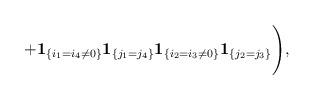
LaTeX: \begin{align*}+\Biggl.{\bf 1}_{\{i_1=i_4\ne 0\}}{\bf 1}_{\{j_1=j_4\}}{\bf 1}_{\{i_2=i_3\ne 0\}}{\bf 1}_{\{j_2=j_3\}}\Biggr),\end{align*}